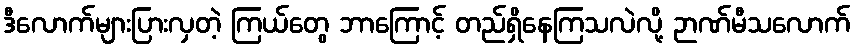
ဒီလောက်များပြားလှတဲ့ ကြယ်တွေ ဘာကြောင့် တည်ရှိနေကြသလဲလို့ ဉာဏ်မီသလောက်